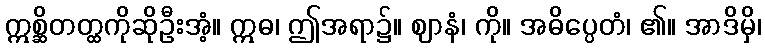
ဣစ္ဆိတတ္ထကိုဆိုဦးအံ့။ ဣဓ၊ ဤအရာ၌။ ဈာနံ၊ ကို။ အဓိပ္ပေတံ၊ ၏။ အာဒိမှိ၊